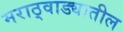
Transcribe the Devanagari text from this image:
मराठ्वाड्यातील